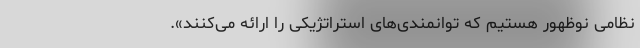
نظامی نوظهور هستیم که توانمندی‌های استراتژیکی را ارائه می‌کنند».